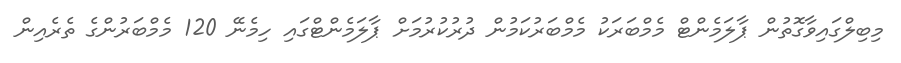
މިބިލްގައިވާގޮތުން ޕާލަމެންޓް މެމްބަރަކު މެމްބަރުކަމުން ދުރުކުރުމަށް ޕާލަމެންޓްގައި ހިމެނޭ 120 މެމްބަރުންގެ ތެރެއިން